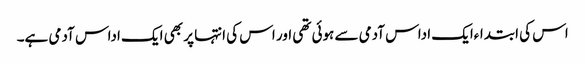
اس کی ابتداءایک اداس آدمی سے ہوئی تھی اور اس کی انتہا پر بھی ایک اداس آدمی ہے۔